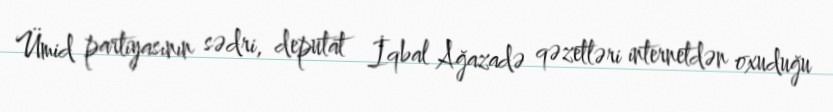
Ümid partiyasının sədri, deputat İqbal Ağazadə qəzetləri internetdən oxuduğu